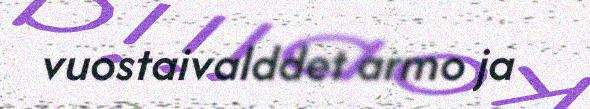
vuostaivalddet armo ja